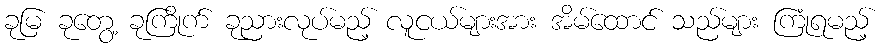
ခုမြ ခုတွေ့ ခုကြိုက် ခုညားလုပ်မည့် လူငယ်များအား အိမ်ထောင် သည်များ ကြုံရမည့်